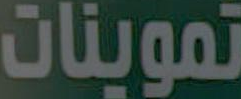
تموينات